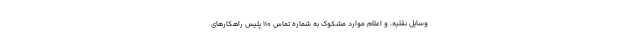
وسایل نقلیه، و اعلام موارد مشکوک به شماره تماس ۱۱۰ پلیس راهکارهای